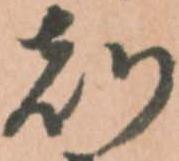
刻